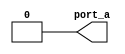
module MOD_NR_INIB (port_a);
   output reg port_a;
   initial
   port_a = 1'b0;
endmodule